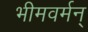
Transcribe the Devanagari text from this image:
भीमवर्मन्